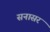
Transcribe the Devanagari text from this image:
सनासर